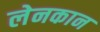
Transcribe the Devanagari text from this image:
लेनकान